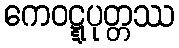
ကေဝဋ္ဋပုတ္တဿ